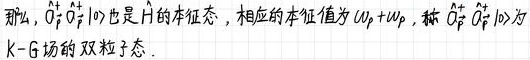
那么, $\hat{a}_{k}^{+} \hat{a}_{-k}^{+}|0\rangle$ 也是 $\mathrm{H}$ 的本征态, 相应的本征值为 $\omega_{k}+\omega_{k}$, 称 $\hat{a}_{k}^{+} \hat{a}_{-k}^{+}|0\rangle$ 为 $\mathrm{K}-\mathrm{G}$ 场的双粒子态.